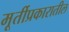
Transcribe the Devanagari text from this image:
मूर्तीप्रकारातील